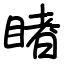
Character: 睹